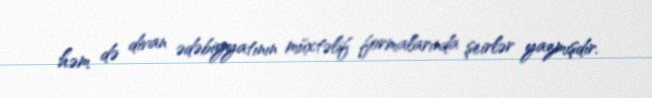
həm də divan ədəbiyyatının müxtəlif formalarında şeirlər yazmışdır.